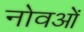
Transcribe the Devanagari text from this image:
नोवओं